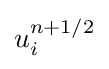
u_{i}^{n+1/2}